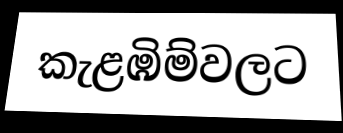
කැළඹිම්වලට